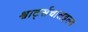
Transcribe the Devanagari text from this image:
श्वार्ट्सचालइल्ड